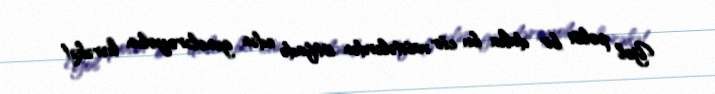
Yol polisi bir daha bu cür vasitələrdən istifadə edən gənclərə,yolun hərəkət